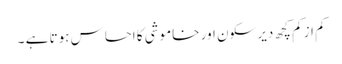
کم از کم کچھ دیر سکون اور خاموشی کا احساس ہوتا ہے ۔